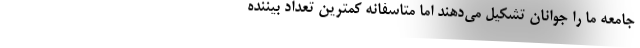
جامعه ما را جوانان تشکیل می‌دهند اما متاسفانه کمترین تعداد بیننده